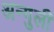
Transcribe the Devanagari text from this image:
अन्गुली